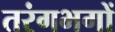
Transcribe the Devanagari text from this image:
तरंगभगों